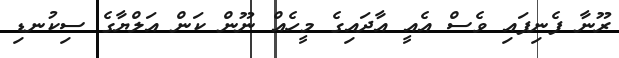
ރޫނާ ފެނިފައި ވެސް އެއީ އާދައިގެ މީހެއް ނޫން ކަން އަލްޔާގެ ސިކުނޑި